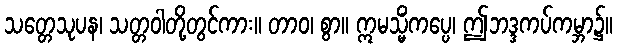
သတ္တေသုပန၊ သတ္တဝါတို့တွင်ကား။ တာဝ၊ စွာ။ ဣမသ္မိံကပ္ပေ၊ ဤဘဒ္ဒကပ်ကမ္ဘာ၌။